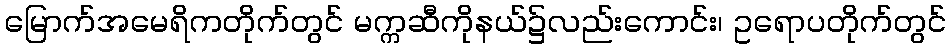
မြောက်အမေရိကတိုက်တွင် မက္ကဆီကိုနယ်၌လည်းကောင်း၊ ဥရောပတိုက်တွင်